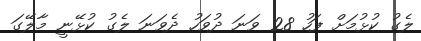
ލެގު ކުޅުމަށް ފަހު 28 ވަނަ ދުވަހު ދެވަނަ ލެގު ކުޅޭނީ މާލޭގަ